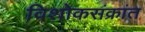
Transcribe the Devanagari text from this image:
विशोकसंक्रांत